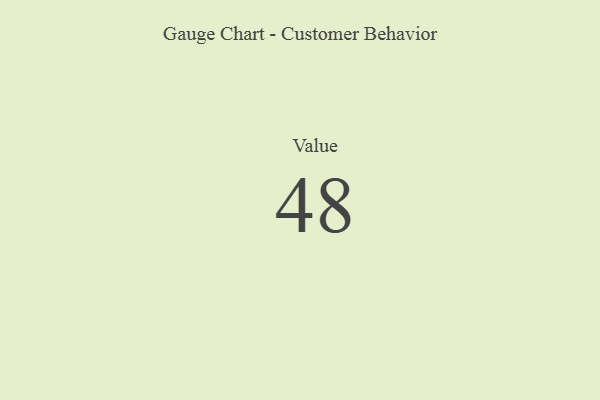
{"axis": {"x": "Metric", "y": "Value"}, "legend": [""], "data": [{"x": "Value", "y": 48, "type": ""}]}